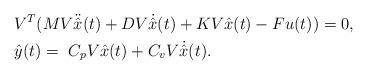
LaTeX: \begin{align*}& V^{T}(M V\ddot{\hat{x}}(t) + D V \dot{\hat{x}}(t)+KV \hat{x}(t) - F u(t))= 0,\\& \hat{y}(t)= \ C_{p} V \hat{x}(t)+C_{v}V\dot{\hat{x}}(t).\end{align*}